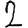
Digit: 2